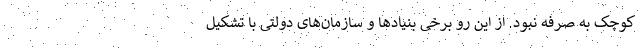
کوچک به صرفه نبود. از این رو برخی بنیاد‌ها و سازمان‌های دولتی با تشکیل